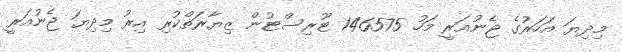
މިދިޔަ އަހަރުގެ ޖެނުއަރީ މަހު 146575 ޓޫރިސްޓުން ޒިޔާރަތްކުރި އިރު މިދިޔަ ޖެނުއަރީ